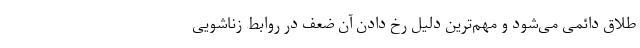
طلاق دائمی می‌شود و مهم‌ترین دلیل رخ دادن آن ضعف در روابط زناشویی